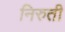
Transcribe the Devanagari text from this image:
निरुती